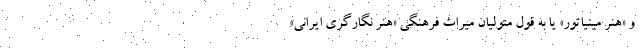
و «هنر مینیاتور» یا به قول متولیان میراث فرهنگی «هنر نگارگری ایرانی»